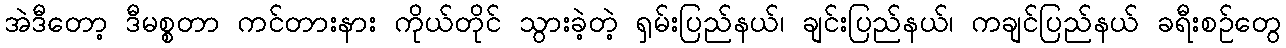
အဲဒီတော့ ဒီမစ္စတာ ကင်တားနား ကိုယ်တိုင် သွားခဲ့တဲ့ ရှမ်းပြည်နယ်၊ ချင်းပြည်နယ်၊ ကချင်ပြည်နယ် ခရီးစဉ်တွေ